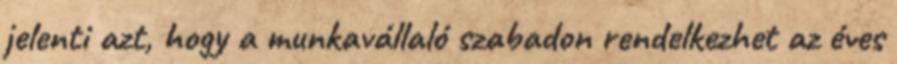
jelenti azt, hogy a munkavállaló szabadon rendelkezhet az éves